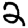
Digit: 2